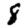
Digit: 8